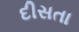
દીસતા